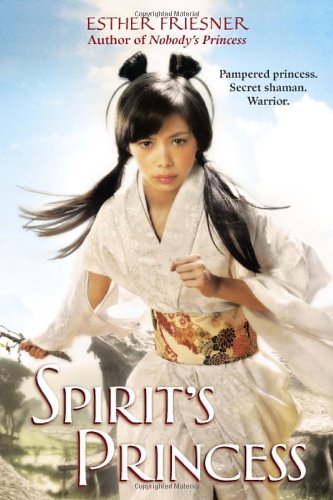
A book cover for Spirit's Princess (Princesses of Myth); Esther Friesner; Teen & Young Adult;